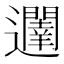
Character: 𮟥